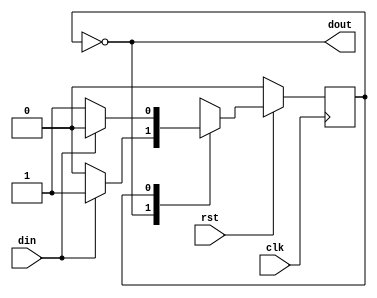
`timescale 1ns/1ns 
module even_parity(/*AUTOARG*/
   // Outputs
   dout,
   // Inputs
   clk, rst, din
   );
   input clk;
   input rst;
   input din;
   output dout;

   localparam s0 = 'h0,
	      s1 = 'h1;

   reg	      st_reg, st_nxt;

   /*AUTOINPUT*/
   /*AUTOOUTPUT*/
   /*AUTOREG*/ 
   /*AUTOWIRE*/ 
   always@(posedge clk)
     begin
	if(!rst)
	  st_reg <= s0;
	else
	  st_reg <= st_nxt;
     end

   always@(/*AUTOSENSE*/din or st_reg)
     begin
	st_nxt = st_reg;
	case(st_reg)
	  s0 : if(din)
	    st_nxt = s1;
	  else
	    st_nxt = s0;
	  s1 : if(din)
	    st_nxt = s0;
	  else
	    st_nxt = s1;
	  default: st_nxt = s0;
	endcase // case (st_reg)
     end // always@ (...

   assign dout = (st_reg == s0);
   
endmodule 
// Local Variables: 
// verilog-library-directories:("~/Projects/fpgaProjects/iVerilog/design/*") 
// End: